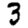
Digit: 3